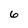
Character: 6